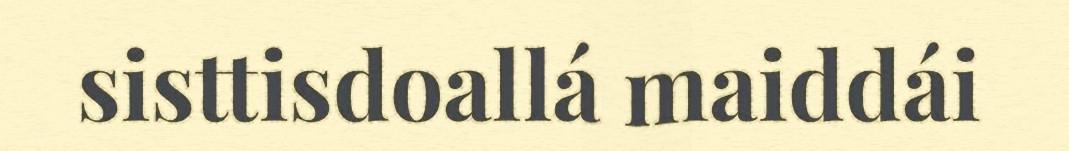
sisttisdoallá maiddái